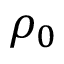
\rho _ { 0 }